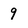
Character: 9